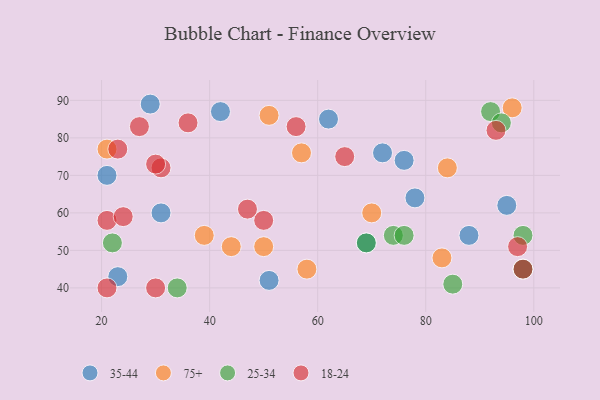
{"axis": {"x": "GDP", "y": "Life Expectancy"}, "legend": ["18-24", "25-34", "35-44", "75+"], "data": [{"x": "51", "y": 42, "type": "35-44"}, {"x": "29", "y": 89, "type": "35-44"}, {"x": "98", "y": 45, "type": "35-44"}, {"x": "76", "y": 74, "type": "35-44"}, {"x": "31", "y": 60, "type": "35-44"}, {"x": "21", "y": 70, "type": "35-44"}, {"x": "23", "y": 43, "type": "35-44"}, {"x": "88", "y": 54, "type": "35-44"}, {"x": "42", "y": 87, "type": "35-44"}, {"x": "62", "y": 85, "type": "35-44"}, {"x": "78", "y": 64, "type": "35-44"}, {"x": "95", "y": 62, "type": "35-44"}, {"x": "72", "y": 76, "type": "35-44"}, {"x": "69", "y": 52, "type": "35-44"}, {"x": "58", "y": 45, "type": "75+"}, {"x": "83", "y": 48, "type": "75+"}, {"x": "21", "y": 77, "type": "75+"}, {"x": "50", "y": 51, "type": "75+"}, {"x": "84", "y": 72, "type": "75+"}, {"x": "70", "y": 60, "type": "75+"}, {"x": "51", "y": 86, "type": "75+"}, {"x": "57", "y": 76, "type": "75+"}, {"x": "39", "y": 54, "type": "75+"}, {"x": "44", "y": 51, "type": "75+"}, {"x": "96", "y": 88, "type": "75+"}, {"x": "98", "y": 54, "type": "25-34"}, {"x": "92", "y": 87, "type": "25-34"}, {"x": "34", "y": 40, "type": "25-34"}, {"x": "69", "y": 52, "type": "25-34"}, {"x": "94", "y": 84, "type": "25-34"}, {"x": "98", "y": 45, "type": "25-34"}, {"x": "74", "y": 54, "type": "25-34"}, {"x": "76", "y": 54, "type": "25-34"}, {"x": "22", "y": 52, "type": "25-34"}, {"x": "85", "y": 41, "type": "25-34"}, {"x": "30", "y": 40, "type": "18-24"}, {"x": "21", "y": 58, "type": "18-24"}, {"x": "98", "y": 45, "type": "18-24"}, {"x": "50", "y": 58, "type": "18-24"}, {"x": "23", "y": 77, "type": "18-24"}, {"x": "93", "y": 82, "type": "18-24"}, {"x": "56", "y": 83, "type": "18-24"}, {"x": "21", "y": 40, "type": "18-24"}, {"x": "31", "y": 72, "type": "18-24"}, {"x": "47", "y": 61, "type": "18-24"}, {"x": "65", "y": 75, "type": "18-24"}, {"x": "30", "y": 73, "type": "18-24"}, {"x": "24", "y": 59, "type": "18-24"}, {"x": "27", "y": 83, "type": "18-24"}, {"x": "36", "y": 84, "type": "18-24"}, {"x": "97", "y": 51, "type": "18-24"}]}